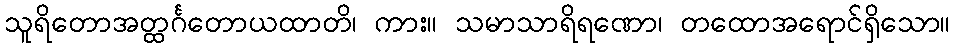
သူရိတောအတ္ထင်္ဂတောယထာတိ၊ ကား။ သမာသာရိရဏော၊ တထောအရောင်ရှိသော။